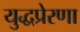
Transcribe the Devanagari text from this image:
युद्धप्रेरणा